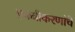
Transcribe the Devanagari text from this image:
एकत्रीकरणांचे